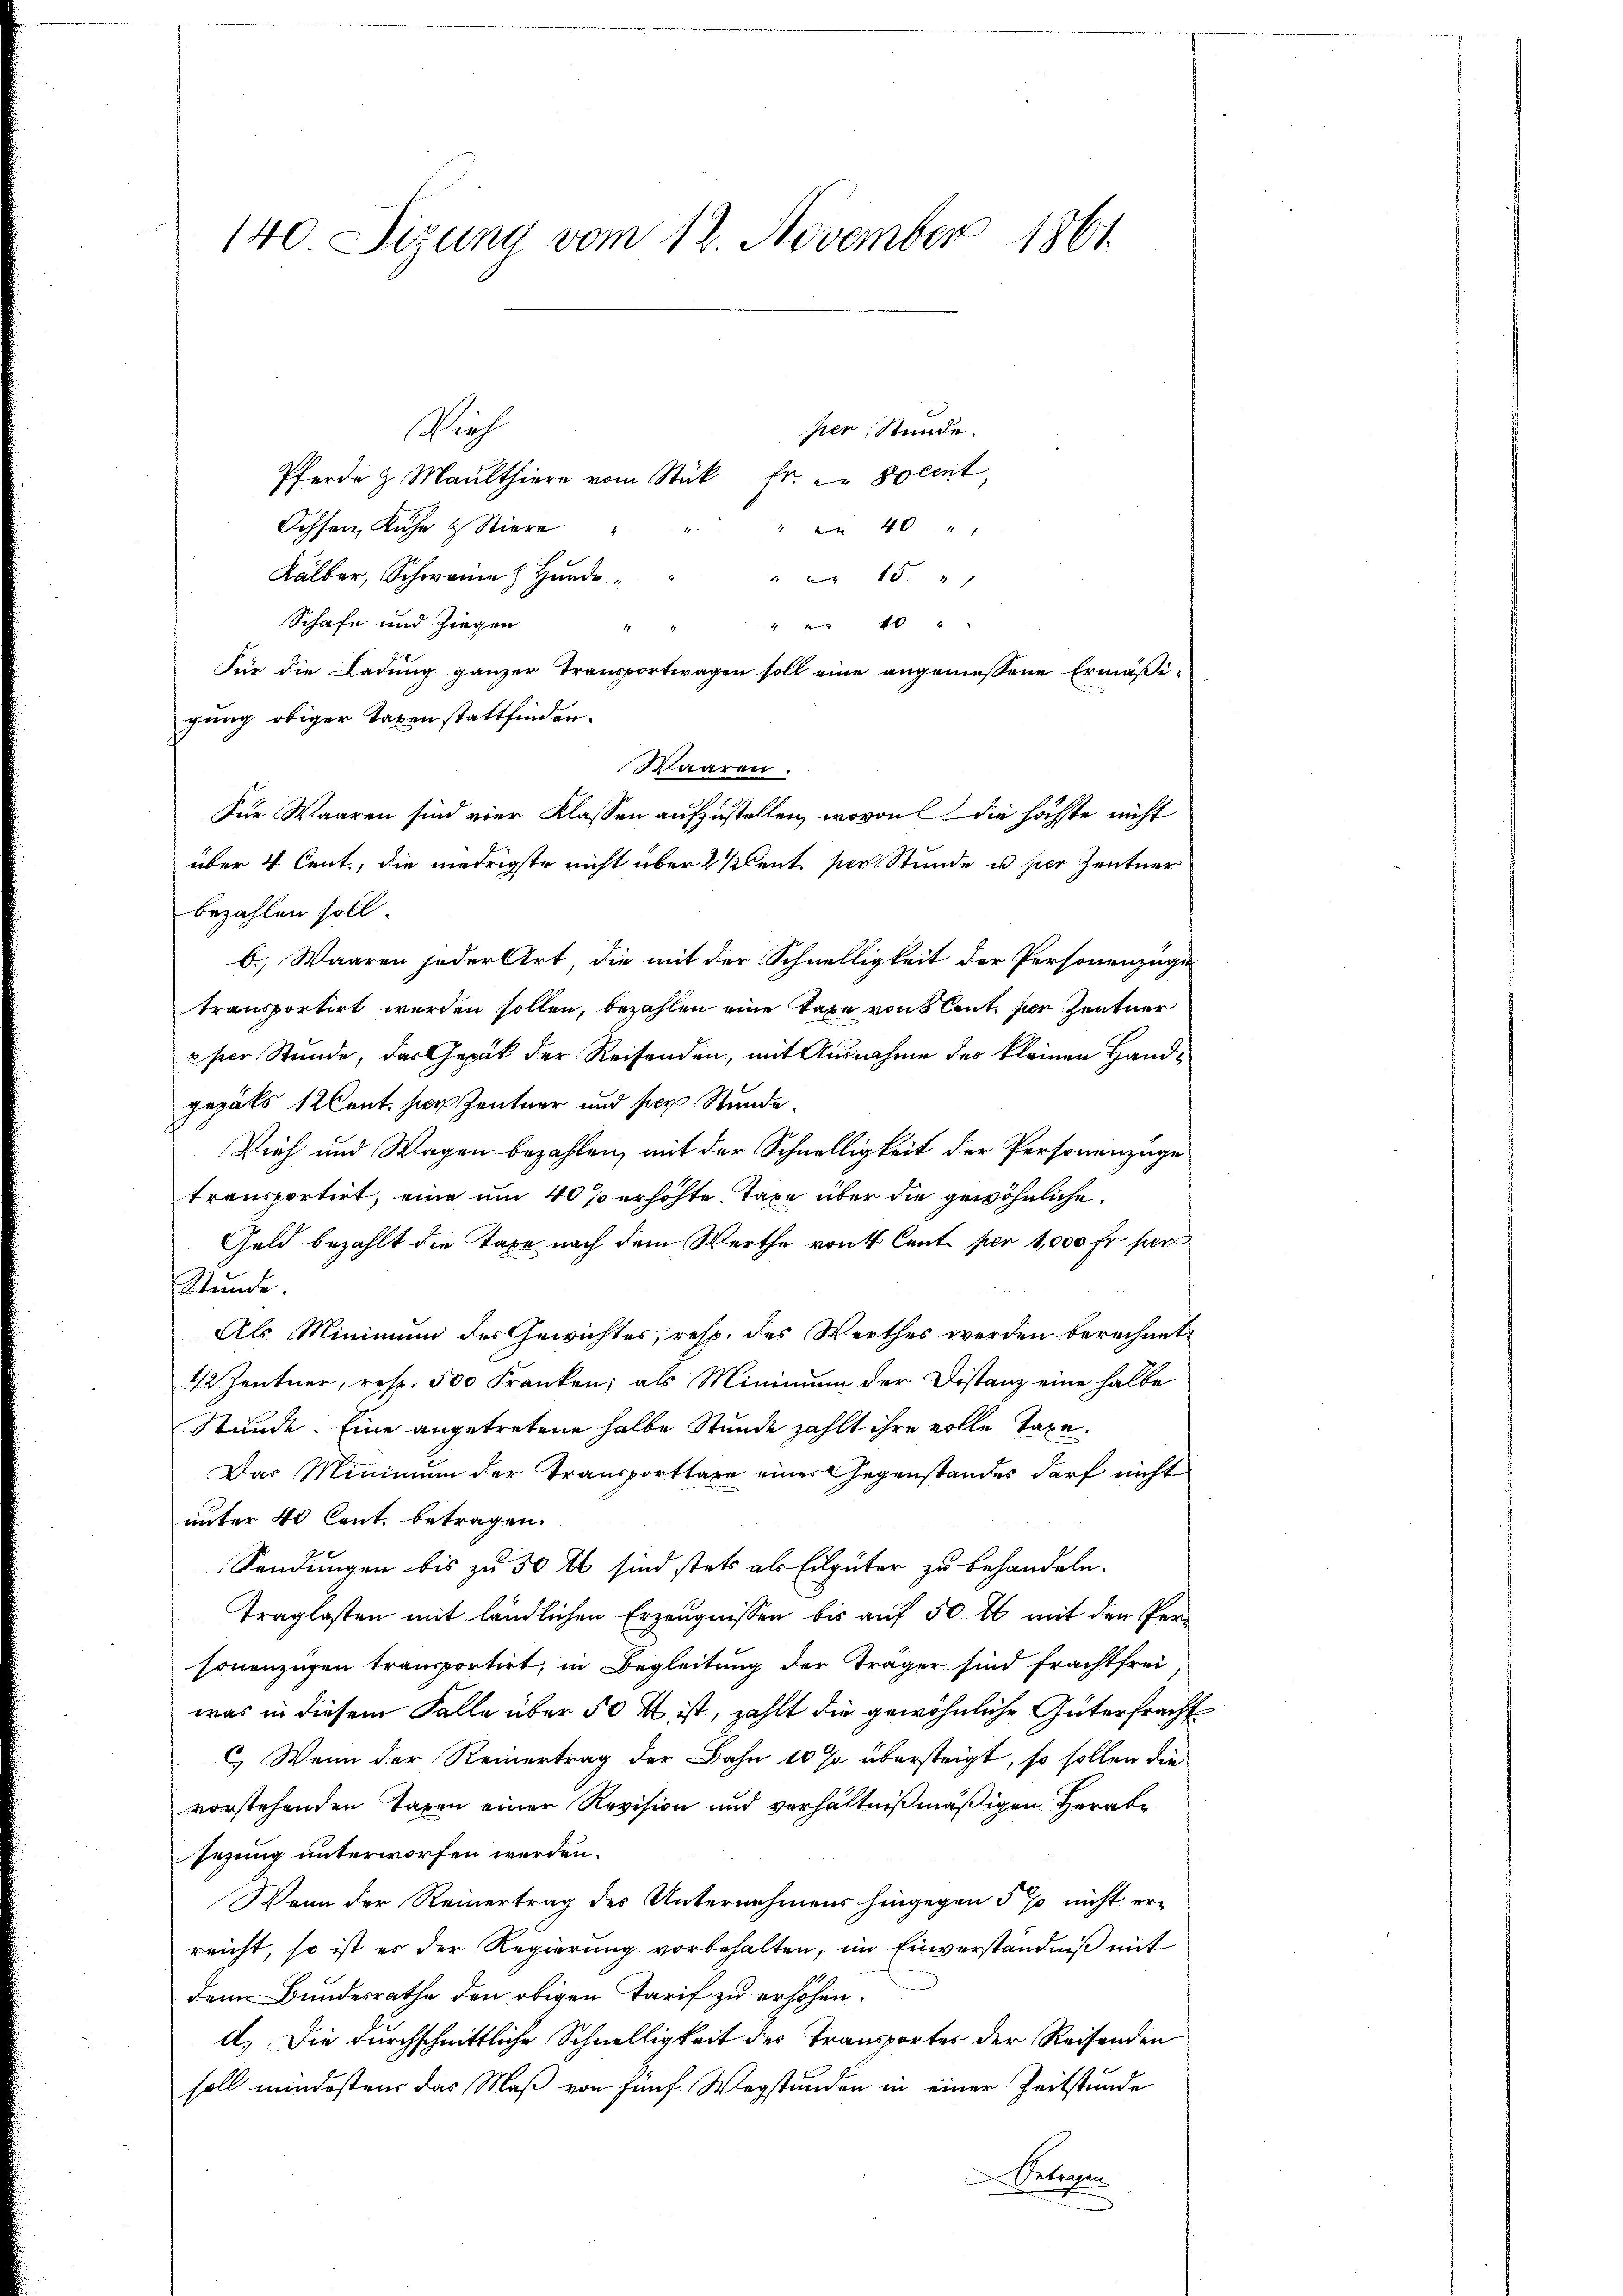
Mieh
per, Stunde.
Pferde & Maulthier vom Stück fr. zu Docent,
Ochsen, Kuhn & Stiere
" 40 "
Kälber, Schwame Hunde
" 15 "
Schafe und Ziegen
  10 "
14
Für die Ladung ganzer Transportwagen soll eine angemessene Ermäßigung obiger Taxen stattfinden.
b.) Waaren jeder Art, die mit der Schnelligkeit der Personenzüge
transportirt werden sollen, bezahlen eine Taxe von 5 Cent per Zentner
eper Stunde, das Gepäck der Reisenden, mit Ausnahme des kleinen Handgepäts 1 tent hier Zentner und per Stunde¬
Vieh und Wagen bezahlen, mit der Schnelligkeit der Personenzüge
transportirt, eine um 40 % erhöhte Taxe über die gewöhnliche
Geld bezahlt die Taxe nach dem Werthe von Cent per 1,000 Fr. per
Stunde.
Als Minimum des Gewichtes, resp. des Werthes werden berechnet
1/2 Zentner, resp. 500 Franken; als Minimum der Distanz eine halbe
Stunde. Eine angetretene halbe Stunde zählt ihre volle Taxa¬
Das Minimum der Transportlage einer Gegenstandes darf nicht
unter 40 Cent. betragen.
Sendungen bis zu 50 rt sind stets als Eilgüter zu behandeln.
Traglosten mit ländlichen Erzeugnissen bis auf 50 fl mit den Personenzügen transportirt, in Begleitung der Träger sind frachtfrei
was in diesem Falle über 50 & ist, zahlt die gewöhnliche Güterfracht
C.) Wenn der Reinertrag der Bahn 10 % übersteigt, so sollen die
vorstehenden Taxen einer Revision und verhältnißmäßigen Herabe
sezung unterworfen worden.
Wenn der Reinertrag des Unternehmens hingegen 5 % nicht erreicht, so ist er der Regierung vorbehalten, im Einverständniß mit
dem Bundesrathe den obigen Tarif zu erhöhen.
d. Die durchschnittliche Schnelligkeit des Transportes der Reisenden
soll mindesten das Maß von fünf Wegstunden in einer Zeitstunde
Belegen

140 Sizung vom 12. November 1861.

Waaren.
Für Waaren sind vier Klassen aufzustellen, wovon die höchste nicht
über 4 Cent., die niedrigste nicht über 2 Klent per Stunde in hier Zentner
bezahlen soll.